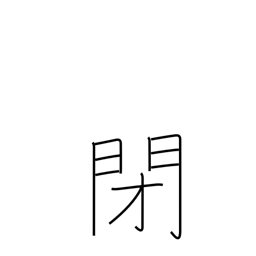
Meaning: closed